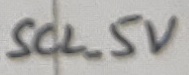
Text: SCL_5V